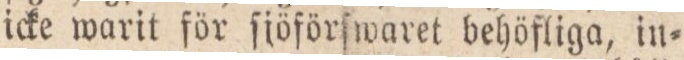
icke warit för ſiöförſwaret behöfliga, in=